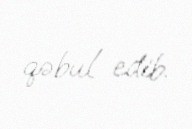
qəbul edib.